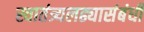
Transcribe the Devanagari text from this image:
स्वातंत्र्यलढ्यासंबंधी